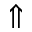
\Uparrow